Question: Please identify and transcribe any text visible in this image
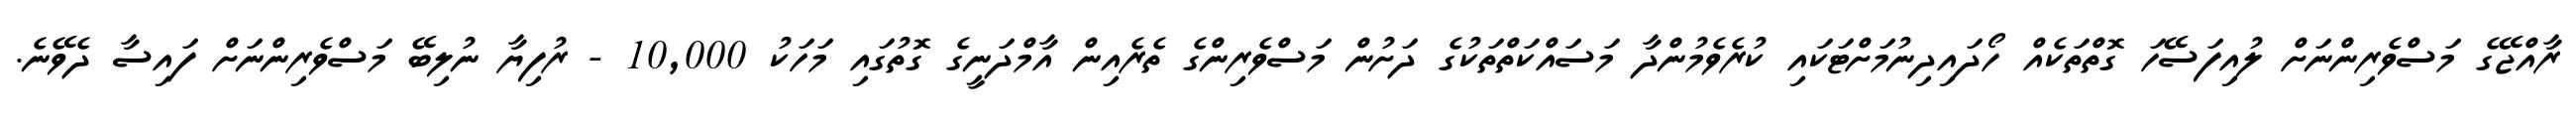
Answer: ރާއްޖޭގެ މަސްވެރިންނަށް ލުއިފަސޭހަ ގޮތްތަކެއް ހޯދައިދިނުމަށްޓަކައި ކުރެވެމުންދާ މަސައްކަތްތަކުގެ ދަށުން މަސްވެރިންގެ ތެރެއިން އާމްދަނީގެ ގޮތުގައި މަހަކު 10,000 - ރުފިޔާ ނުލިބޭ މަސްވެރިންނަށް ފައިސާ ދެވޭނެ.